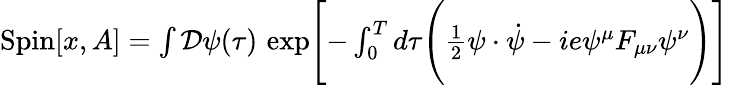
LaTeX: \begin{array}{r}{\mathrm{Spin}[x,A]=\int{\cal D}\psi(\tau)\, \exp\Biggl\lbrack-\int_{0}^{T}d\tau\Biggl({\frac{1}{2}}\psi\cdot\dot{\psi}-ie\psi^{\mu}F_{{\mu\nu}}\psi^{\nu}\Biggr)\Biggr\rbrack}\end{array}